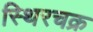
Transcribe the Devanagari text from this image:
स्थिरचक्र